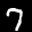
Digit: 7